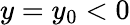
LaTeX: y=y_{0}<0